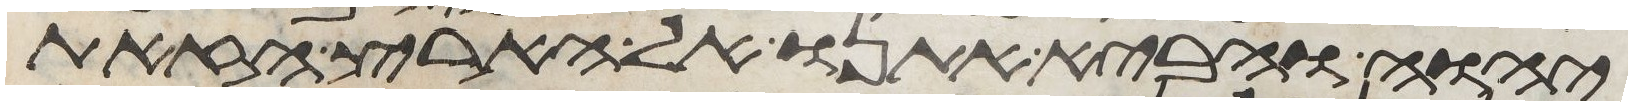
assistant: יהוה והביא אתנו אל הארץ הזאת